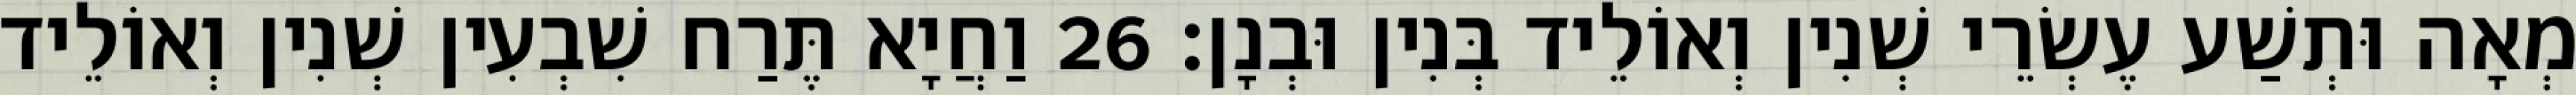
מְאָה וּתְשַׁע עֶשְׂרֵי שְׁנִין וְאוֹלֵיד בְּנִין וּבְנָן׃ 26 וַחֲיָא תֶּרַח שִׁבְעִין שְׁנִין וְאוֹלֵיד